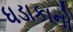
ધડાકાનો